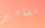
مسامير